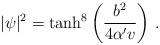
LaTeX: \begin{align*}\vert\psi\vert^2=\tanh^8 \left( \frac{b^2}{4\alpha' v} \right)\,.\end{align*}